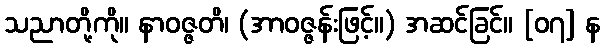
သညာတို့ကို။ နာဝဇ္ဇတိ၊ (အာဝဇ္ဇန်းဖြင့်။) အဆင်ခြင်။ [၀၇] န